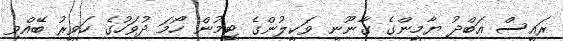
ރައީސް އަބްދު ޔާމީންގެ ގާނޫނީ ވަކީލުންގެ ޓީމުން ހޯމަ ދުވަހުގެ ހަވީރު ބޭއްވި